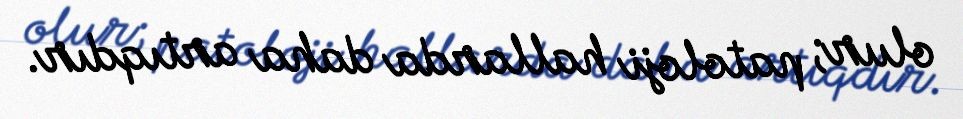
olur; patoloji hallarda daha artıqdır.